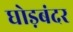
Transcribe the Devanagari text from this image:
घोड़बंदर